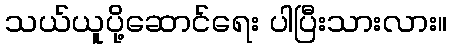
သယ်ယူပို့ဆောင်ရေး ပါပြီးသားလား။